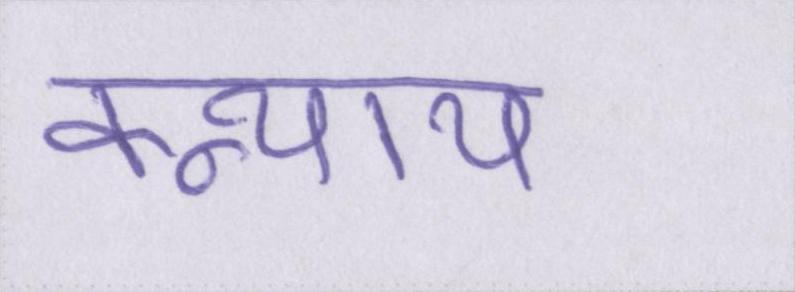
कन्याय